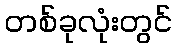
တစ်ခုလုံးတွင်